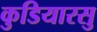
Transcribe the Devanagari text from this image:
कुडियारसु